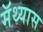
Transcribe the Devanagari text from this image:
मॅथ्यास